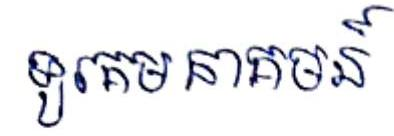
ទូរគមនាគមន៍